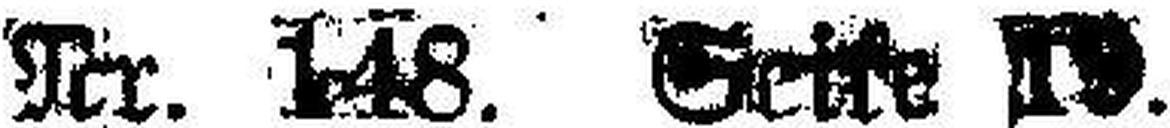
Nr. 148. Seite 19.